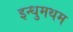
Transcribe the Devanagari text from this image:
इन्धुमथम